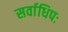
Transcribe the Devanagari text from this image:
सर्वाधिपः